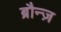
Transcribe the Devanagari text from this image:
ब्रौन्ज़